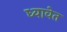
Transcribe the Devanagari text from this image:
ध्यावेत